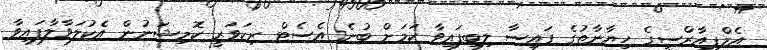
އެމްޕީއާރްސީގެ ހިޔާނާތުގެ ފައިސާ ލިބިފައިވާ ކަމަށް ބުނެ އެސެޓް ރިކަވަރީ ކޮމިޝަނުން އެކުލަވާލާފައިވާ